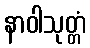
နာဝါသုတ္တံ